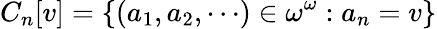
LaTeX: C_{n}[v]=\{ (a_{1},a_{2},\cdots)\in\omega^{\omega}:a_{n}=v\}